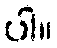
ပါ။